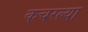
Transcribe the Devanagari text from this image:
कचरल्या